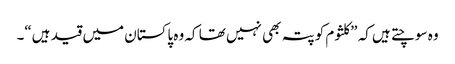
وہ سوچتے ہیں کہ ”کلثوم کو پتہ بھی نہیں تھا کہ وہ پاکستان میں قید ہیں“۔